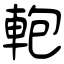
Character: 軳